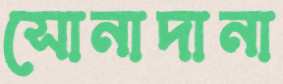
সোনাদানা